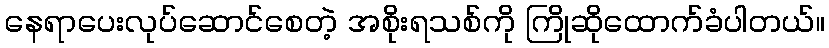
နေရာပေးလုပ်ဆောင်စေတဲ့ အစိုးရသစ်ကို ကြိုဆိုထောက်ခံပါတယ်။